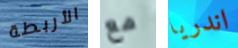
الأربطة مع اندريا